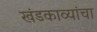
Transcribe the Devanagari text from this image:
खंडकाव्यांचा